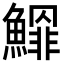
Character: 𩻲